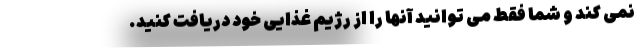
نمی کند و شما فقط می توانید آنها را از رژیم غذایی خود دریافت کنید.